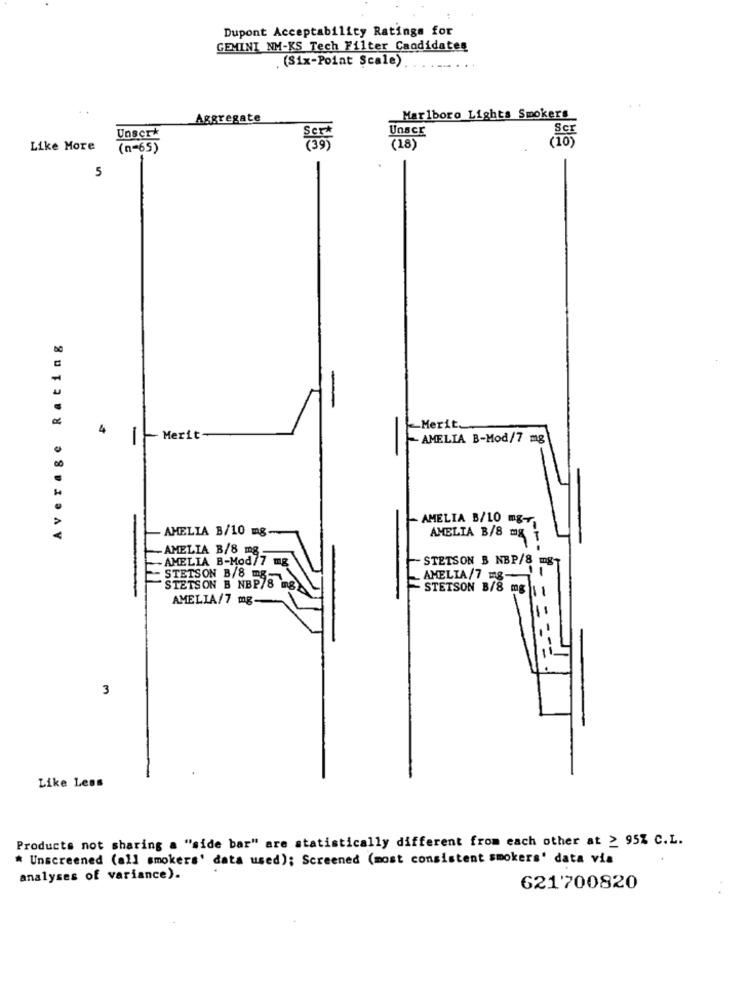
Dupont Acceptability Ratings for
GEMINI NM-KS Tech Filter Candidates
(Six-Point Scale).
Aggregate
Marlboro Lights Smokers
Unser
Unserk
(10)
Like More
( n- 65 )
(18)
5
Average Rating
4
Merit.
- Merit
- AMELIA B-Mod/7 mg
- AMELIA B/10 mg-
AMELIA B/10 mg-
AMELIA B/8 mg
-AMELIA B/8 mg
AMELIA B-Mod/7 mg
STETSON B NBP/8 mg-
STETSON B/8 mg-
AMELIA/7 mg-
STETSON B NBP/8 mg
STETSON B/8
AMELIA/7 mg
3
Like Less
Products not sharing a "side bar" are statistically different from each other at > 95% C.L.
* Unscreened (all smokers' data used); Screened (most consistent smokers' data via
analyses of variance).
621700820